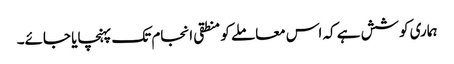
ہماری کوشش ہے کہ اس معاملے کو منطقی انجام تک پہنچایا جائے۔